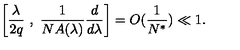
\left[ \frac { \lambda } { 2 q } \ , \ \frac { 1 } { N A ( \lambda ) } \frac { d } { d \lambda } \right] = O ( \frac { 1 } { N ^ { * } } ) \ll 1 .